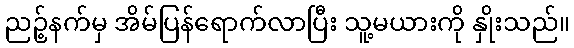
ညဉ့်နက်မှ အိမ်ပြန်ရောက်လာပြီး သူ့မယားကို နှိုးသည်။